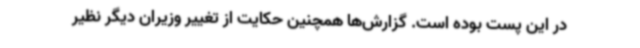
در این پست بوده است. گزارش‌ها همچنین حکایت از تغییر وزیران دیگر نظیر